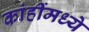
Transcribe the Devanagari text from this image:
कांहींमध्ये